Scottish Certificate of Education, 1962
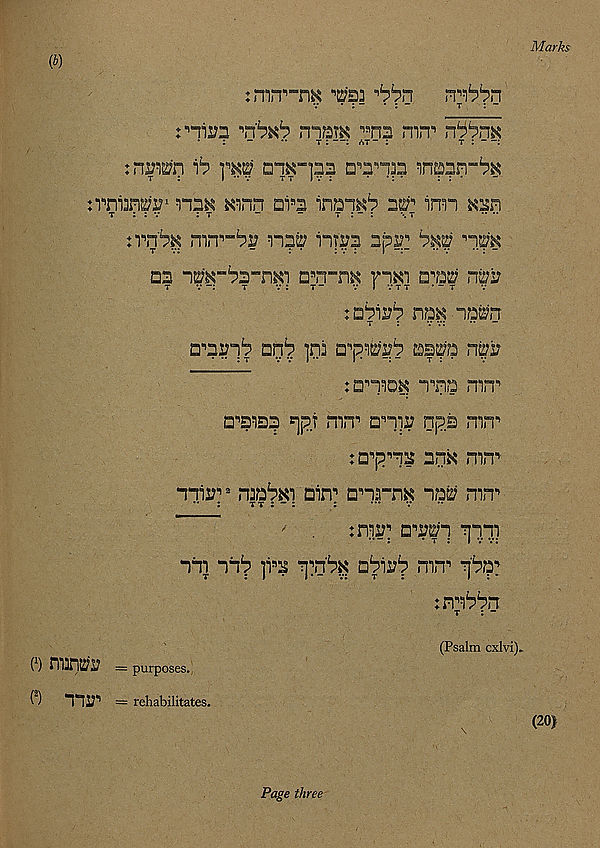
Marks
(b)
imrp-n^
'bin
nnbbn
fita
mrp
: -
**
t : —: at “ :
t : —:
:nOTO
trnOTi? 1 nn^ ^nn nrs
inn
t : : v
: t
~
-
t : “ :
\ t
•• ••
nn'^ mn ,, “^^ n^ nr??? spT. b$uj "im
22 nm-bs-'m') an-riK rn^i 2722? n^i?
T
V “:
T
V : T ”
V I V T T * “ T
inbiuh nm nmn
2 ,, n^,i^ nnb ]n3 2^^^ 22^2 np
:2nio^ nns mn n
2 ,, s ! i2? fjp.f mn*’ 2nir npe mn n
:2 ,, pn2 nnH m<T
nnir? 2 njia^i 2in^ 2nrn^ “122; mn n
'
tnir; 2' ,^n ^nii
nni nn^ ]i n 2
2^ii;p mn 1 ^2:
:mbbn t : -
(Psalm cxlvi).
I 1 ) m3n2?2? = purposes.
( 2 )
nns:‘> = rehabilitates.
Page three